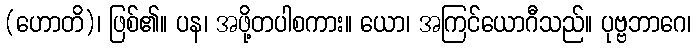
(ဟောတိ)၊ ဖြစ်၏။ ပန၊ အဖို့တပါစကား။ ယော၊ အကြင်ယောဂီသည်။ ပုဗ္ဗဘာဂေ၊